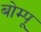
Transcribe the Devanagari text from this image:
बोम्पू